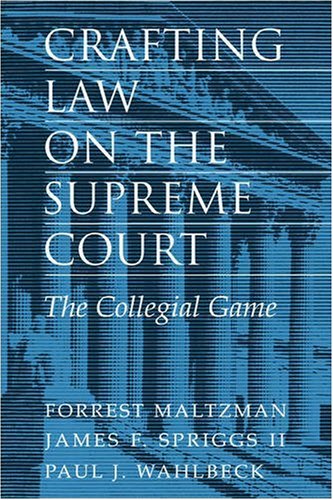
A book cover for Crafting Law on the Supreme Court: The Collegial Game; Forrest Maltzman; Law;